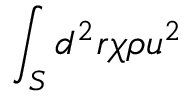
\int _ { S } d ^ { 2 } r \chi \rho u ^ { 2 }